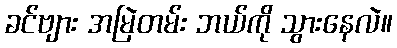
ခင်ဗျား အမြဲတမ်း ဘယ်ကို သွားနေလဲ။